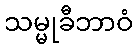
သမ္မုခီဘာဝံ